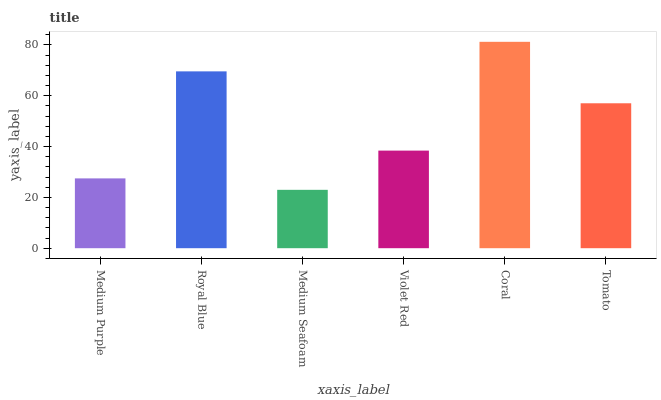
| xaxis_label | bars |
 | --- | --- |
 | Medium Purple | 27.5 |
 | Royal Blue | 69.6 |
 | Medium Seafoam | 23 |
 | Violet Red | 38.4 |
 | Coral | 81.2 |
 | Tomato | 57.1 |